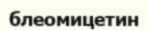
блеомицетин